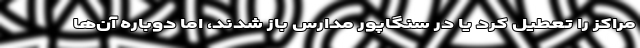
مراکز را تعطیل کرد یا در سنگاپور مدارس باز شدند، اما دوباره آن‌ها